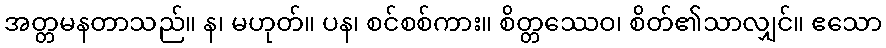
အတ္တမနတာသည်။ န၊ မဟုတ်။ ပန၊ စင်စစ်ကား။ စိတ္တဿေဝ၊ စိတ်၏သာလျှင်။ ဧသော